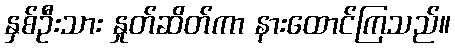
နှစ်ဦးသား နှုတ်ဆိတ်ကာ နားထောင်ကြသည်။